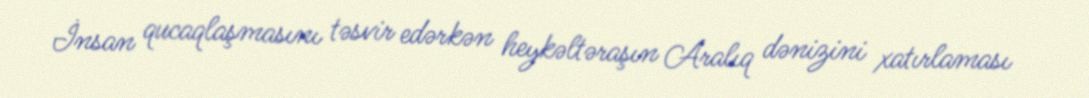
İnsan qucaqlaşmasını təsvir edərkən heykəltəraşın Aralıq dənizini xatırlaması